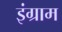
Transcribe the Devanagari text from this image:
इंग्राम